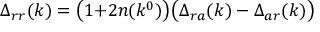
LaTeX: \Delta _ { r r } ( k ) = \bigl ( 1 { + } 2 n ( k ^ { 0 } ) \bigr ) \bigl ( \Delta _ { r a } ( k ) - \Delta _ { a r } ( k ) \bigr )